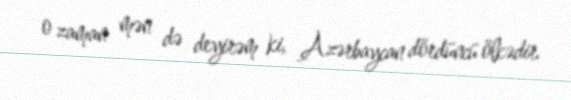
o zaman mən də deyirəm ki, Azərbaycan dördüncü ölkədir.